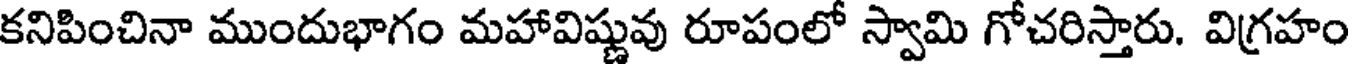
కనిపించినా ముందుభాగం మహావిష్ణువు రూపంలో స్వామి గోచరిస్తారు. విగ్రహం